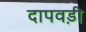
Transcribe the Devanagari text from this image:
दापवड़ी